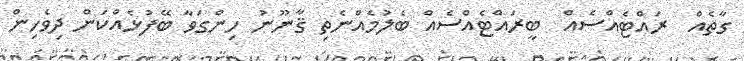
ގާތެއް  ރައްޓެއްސެއް  ބީރައްޓެއްސެއް ބެލުމެއްނެތި ޤާނޫނު ހިންގަވާ ބޭފުޅެއްކަން ދިވެހިން